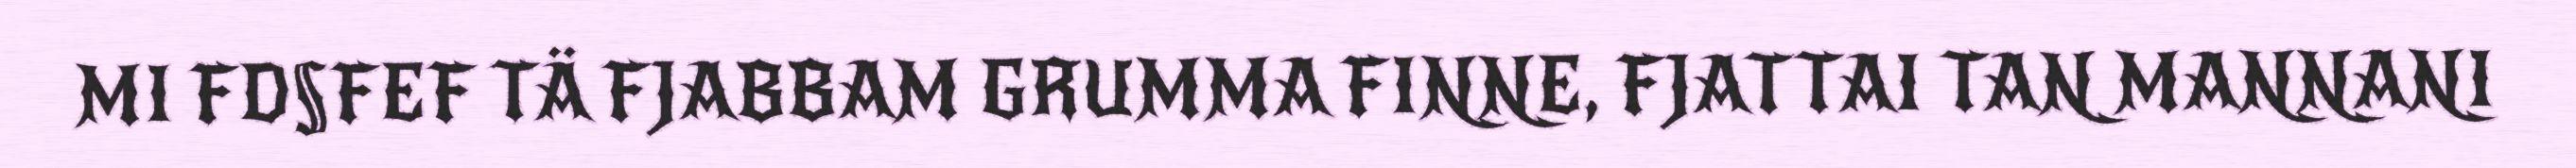
MI FD§FEF TÄ FJABBAM GRUMMA FINNE, FJATTAI TAN MANNANI